Civil Veterinary Department. Central Provinces & Berar 1932-41 - 1932-1941
Year: 1932
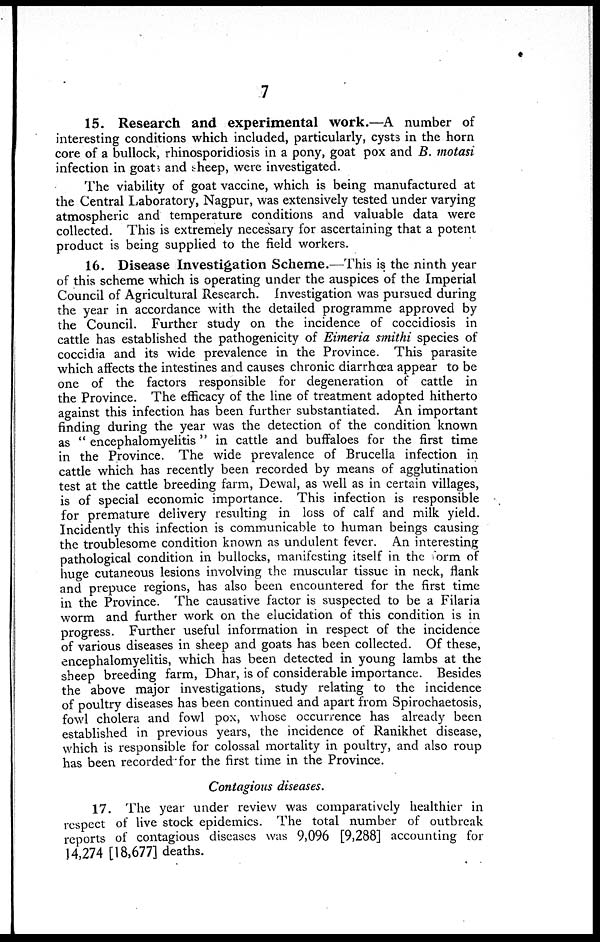
7
15. Research and experimental work.—A number of
interesting conditions which included, particularly, cysts in the horn
core of a bullock, rhinosporidiosis in a pony, goat pox and B. motasi
infection in goats and sheep, were investigated.
The viability of goat vaccine, which is being manufactured at
the Central Laboratory, Nagpur, was extensively tested under varying
atmospheric and temperature conditions and valuable data were
collected. This is extremely necessary for ascertaining that a potent
product is being supplied to the field workers.
16. Disease Investigation Scheme.—This is the ninth year
of this scheme which is operating under the auspices of the Imperial
Council of Agricultural Research. Investigation was pursued during
the year in accordance with the detailed programme approved by
the Council. Further study on the incidence of coccidiosis in
cattle has established the pathogenicity of Eimeria smithi species of
coccidia and its wide prevalence in the Province. This parasite
which affects the intestines and causes chronic diarrhœa appear to be
one of the factors responsible for degeneration of cattle in
the Province. The efficacy of the line of treatment adopted hitherto
against this infection has been further substantiated. An important
finding during the year was the detection of the condition known
as "encephalomyelitis" in cattle and buffaloes for the first time
in the Province. The wide prevalence of Brucella infection in
cattle which has recently been recorded by means of agglutination
test at the cattle breeding farm, Dewal, as well as in certain villages,
is of special economic importance. This infection is responsible
for premature delivery resulting in loss of calf and milk yield.
Incidently this infection is communicable to human beings causing
the troublesome condition known as undulent fever. An interesting
pathological condition in bullocks, manifesting itself in the orm of
huge cutaneous lesions involving the muscular tissue in neck, flank
and prepuce regions, has also been encountered for the first time
in the Province. The causative factor is suspected to be a Filaria
worm and further work on the elucidation of this condition is in
progress. Further useful information in respect of the incidence
of various diseases in sheep and goats has been collected. Of these,
encephalomyelitis, which has been detected in young lambs at the
sheep breeding farm, Dhar, is of considerable importance. Besides
the above major investigations, study relating to the incidence
of poultry diseases has been continued and apart from Spirochaetosis,
fowl cholera and fowl pox, whose occurrence has already been
established in previous years, the incidence of Ranikhet disease,
which is responsible for colossal mortality in poultry, and also roup
has been recorded for the first time in the Province.
Contagious diseases.
17. The year under review was comparatively healthier in
respect of live stock epidemics. The total number of outbreak
reports of contagious diseases was 9,096 [9,288] accounting for
14,274 [18,677] deaths.